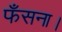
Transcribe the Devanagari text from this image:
फँसना।